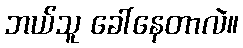
ဘယ်သူ ခေါ်နေတာလဲ။